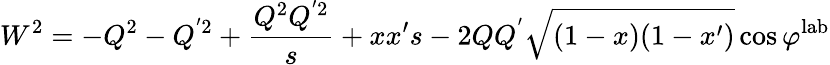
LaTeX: W^{2}=-Q^{2}-Q^{'2}+\frac{Q^{2}Q^{'2}}{s}+xx^{\prime}s-2QQ^{'}\sqrt{(1-x)(1-x^{\prime})}\cos\varphi^{\mathrm{lab}}